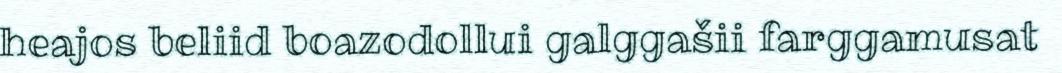
heajos beliid boazodollui galggašii farggamusat